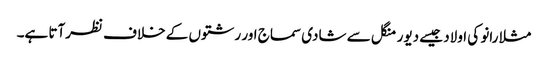
مثلا رانو کی اولاد جیسے دیور منگل سے شادی سماج اور رشتوں کے خلاف نظرآتا ہے۔